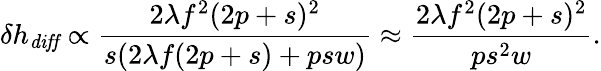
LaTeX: \delta h_{\mathit{diff}}\propto\frac{2\lambda f^{2}(2p+s)^{2}}{s(2\lambda f(2p+s)+psw)}\approx\frac{2\lambda f^{2}(2p+s)^{2}}{ps^{2}w}.